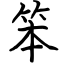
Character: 笨